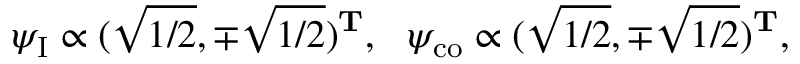
\psi _ { \mathrm { I } } \propto ( \sqrt { 1 / 2 } , \mp \sqrt { 1 / 2 } ) ^ { \mathbf { T } } , \ \ \psi _ { \mathrm { c o } } \propto ( \sqrt { 1 / 2 } , \mp \sqrt { 1 / 2 } ) ^ { \mathbf { T } } , \